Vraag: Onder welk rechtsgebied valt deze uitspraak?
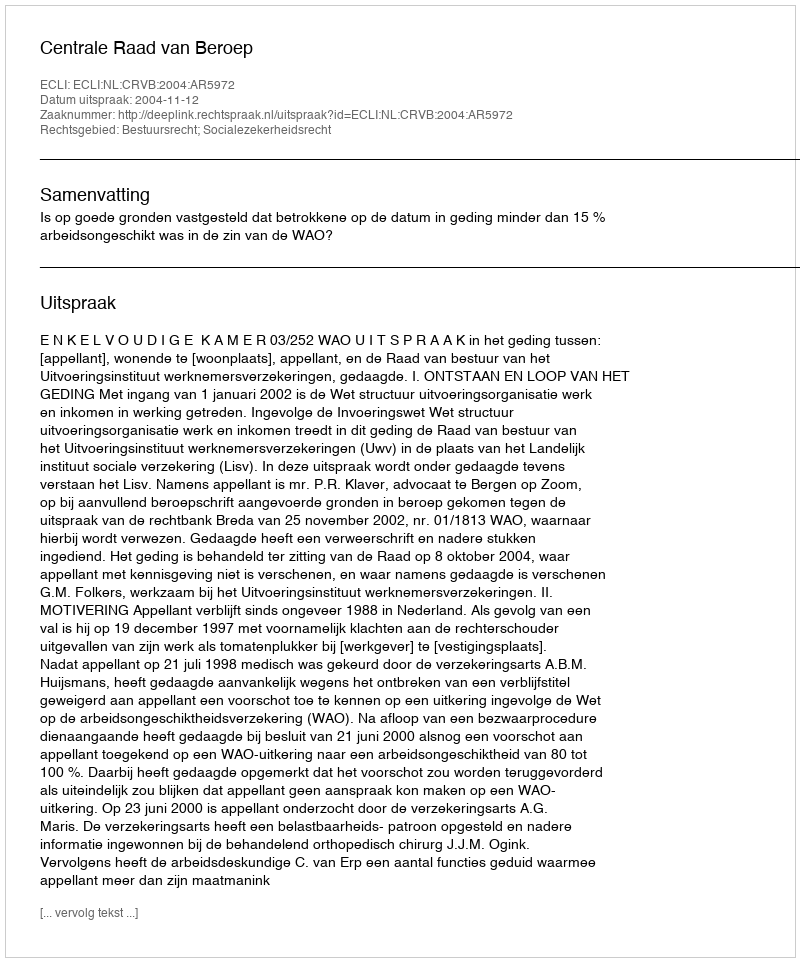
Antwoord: Bestuursrecht; Socialezekerheidsrecht